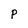
Character: P